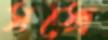
সস্ত্রে